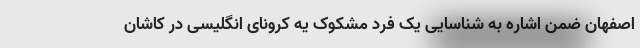
اصفهان ضمن اشاره به شناسایی یک فرد مشکوک یه کرونای انگلیسی در کاشان